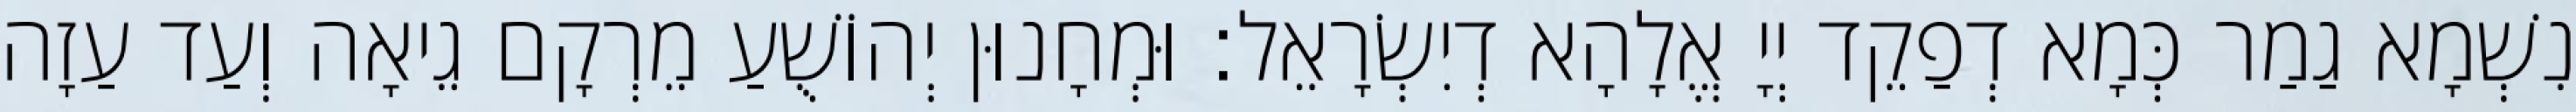
נִשְׁמָא גַמַר כְּמָא דְפַקֵד יְיָ אֱלָהָא דְיִשְׂרָאֵל׃ וּמְחָנוּן יְהוֹשֻׁעַ מֵרְקָם גֵיאָה וְעַד עַזָה